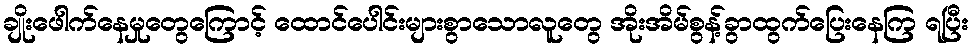
ချိုးဖေါက်နေမှုတွေကြောင့် ထောင်ပေါင်းများစွာသောလူတွေ အိုးအိမ်စွန့်ခွာထွက်ပြေးနေကြ ရပြီး